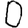
Digit: 0